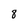
Character: 8